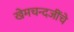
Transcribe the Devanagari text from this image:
खेमचन्दजींचे